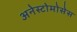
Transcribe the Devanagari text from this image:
अनेस्टोमोसेस